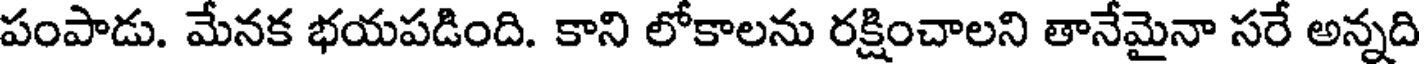
పంపాడు. మేనక భయపడింది. కాని లోకాలను రక్షించాలని తానేమైనా సరే అన్నది